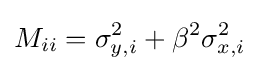
M_{ii}=\sigma _{y,i}^{2}+\beta ^{2}\sigma _{x,i}^{2}